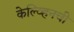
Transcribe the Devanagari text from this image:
केल्व्हिनची